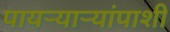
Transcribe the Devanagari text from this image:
पायर्‍यार्‍यांपाशी